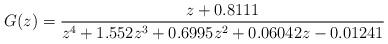
LaTeX: \begin{align*}G(z) = \frac{z + 0.8111}{z^4 + 1.552 z^3 + 0.6995 z^2 + 0.06042 z - 0.01241}\end{align*}